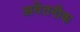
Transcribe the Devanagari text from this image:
अवेतनीक